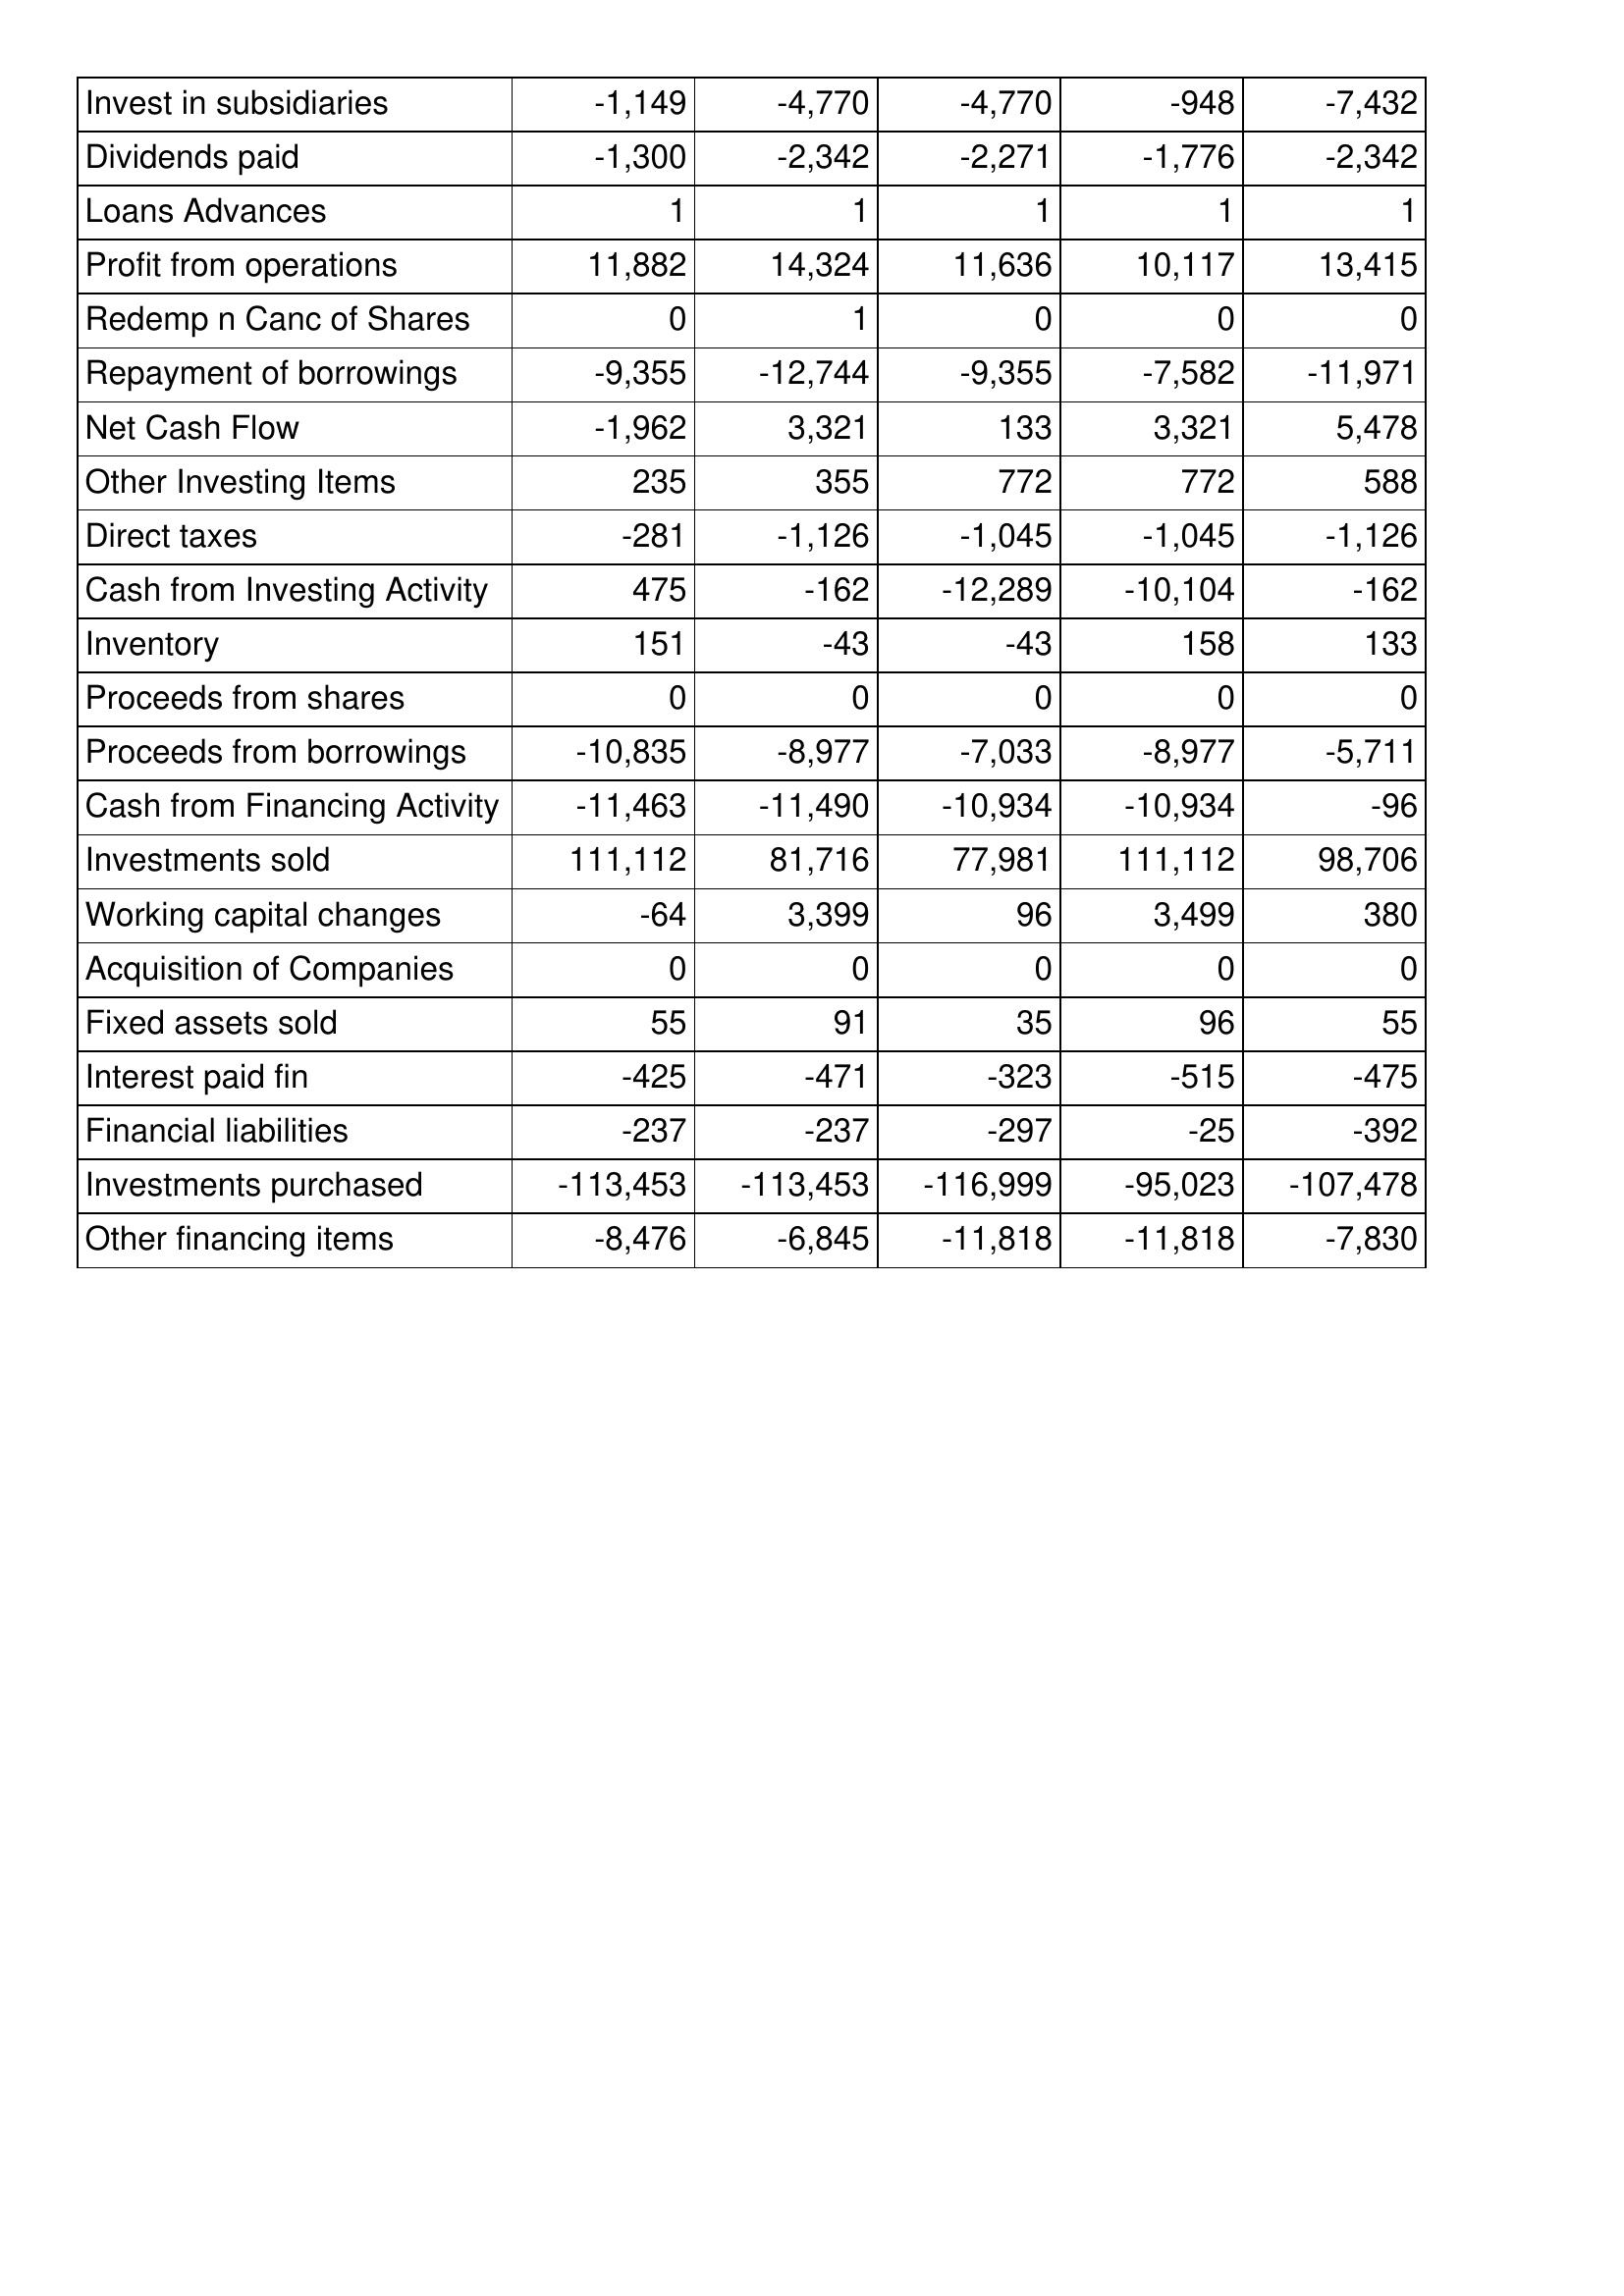
Jun-15: Cash Flows: Invest in subsidiaries: -1,149
Dividends paid: -1,300
Loans Advances: 1
Profit from operations: 11,882
Redemp n Canc of Shares: 0
Repayment of borrowings: -9,355
Net Cash Flow: -1,962
Other Investing Items: 235
Direct taxes: -281
Cash from Investing Activity: 475
Inventory: 151
Proceeds from shares: 0
Proceeds from borrowings: -10,835
Cash from Financing Activity: -11,463
Investments sold: 111,112
Working capital changes: -64
Acquisition of Companies: 0
Fixed assets sold: 55
Interest paid fin: -425
Financial liabilities: -237
Investments purchased: -113,453
Other financing items: -8,476
Jun-16: Cash Flows: Invest in subsidiaries: -4,770
Dividends paid: -2,342
Loans Advances: 1
Profit from operations: 14,324
Redemp n Canc of Shares: 1
Repayment of borrowings: -12,744
Net Cash Flow: 3,321
Other Investing Items: 355
Direct taxes: -1,126
Cash from Investing Activity: -162
Inventory: -43
Proceeds from shares: 0
Proceeds from borrowings: -8,977
Cash from Financing Activity: -11,490
Investments sold: 81,716
Working capital changes: 3,399
Acquisition of Companies: 0
Fixed assets sold: 91
Interest paid fin: -471
Financial liabilities: -237
Investments purchased: -113,453
Other financing items: -6,845
Jun-17: Cash Flows: Invest in subsidiaries: -4,770
Dividends paid: -2,271
Loans Advances: 1
Profit from operations: 11,636
Redemp n Canc of Shares: 0
Repayment of borrowings: -9,355
Net Cash Flow: 133
Other Investing Items: 772
Direct taxes: -1,045
Cash from Investing Activity: -12,289
Inventory: -43
Proceeds from shares: 0
Proceeds from borrowings: -7,033
Cash from Financing Activity: -10,934
Investments sold: 77,981
Working capital changes: 96
Acquisition of Companies: 0
Fixed assets sold: 35
Interest paid fin: -323
Financial liabilities: -297
Investments purchased: -116,999
Other financing items: -11,818
Jun-18: Cash Flows: Invest in subsidiaries: -948
Dividends paid: -1,776
Loans Advances: 1
Profit from operations: 10,117
Redemp n Canc of Shares: 0
Repayment of borrowings: -7,582
Net Cash Flow: 3,321
Other Investing Items: 772
Direct taxes: -1,045
Cash from Investing Activity: -10,104
Inventory: 158
Proceeds from shares: 0
Proceeds from borrowings: -8,977
Cash from Financing Activity: -10,934
Investments sold: 111,112
Working capital changes: 3,499
Acquisition of Companies: 0
Fixed assets sold: 96
Interest paid fin: -515
Financial liabilities: -25
Investments purchased: -95,023
Other financing items: -11,818
Jun-19: Cash Flows: Invest in subsidiaries: -7,432
Dividends paid: -2,342
Loans Advances: 1
Profit from operations: 13,415
Redemp n Canc of Shares: 0
Repayment of borrowings: -11,971
Net Cash Flow: 5,478
Other Investing Items: 588
Direct taxes: -1,126
Cash from Investing Activity: -162
Inventory: 133
Proceeds from shares: 0
Proceeds from borrowings: -5,711
Cash from Financing Activity: -96
Investments sold: 98,706
Working capital changes: 380
Acquisition of Companies: 0
Fixed assets sold: 55
Interest paid fin: -475
Financial liabilities: -392
Investments purchased: -107,478
Other financing items: -7,830